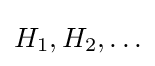
H_{1},H_{2},\ldots